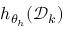
h _ { \theta _ { h } } ( \mathcal { D } _ { k } )